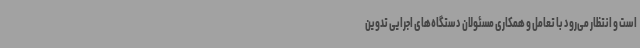
است و انتظار می‌رود با تعامل و همکاری مسئولان دستگاه‌های اجرایی تدوین